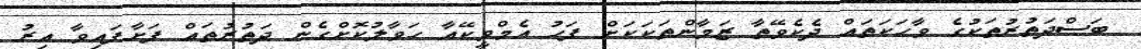
ބަސްދަތުރުތަކުގެ ވާހަކަތައް ދެކެވޭތާ ޒަމާންތަކަކަށް ފަހު އެމްވީކޭއާ ހަވާލުކޮށްގެން ދަތުރުތައް ފަށާފައިވާ އިރު